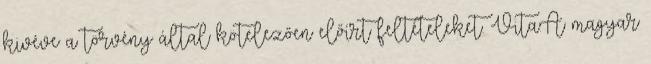
kivéve a törvény által kötelezően előírt feltételeket. Vita:A magyar